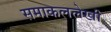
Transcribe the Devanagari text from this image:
समाकललेखी